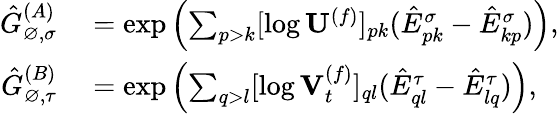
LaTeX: \begin{array}{rl}{\hat{G}_{\varnothing,\sigma}^{(A)}}&{{}=\exp\left(\sum_{p>k}[\log\mathbf{U}^{(f)}]_{pk}(\hat{E}_{pk}^{\sigma}-\hat{E}_{kp}^{\sigma})\right),}\\ {\hat{G}_{\varnothing,\tau}^{(B)}}&{{}=\exp\left(\sum_{q>l}[\log\mathbf{V}_{t}^{(f)}]_{ql}(\hat{E}_{ql}^{\tau}-\hat{E}_{lq}^{\tau})\right),}\end{array}